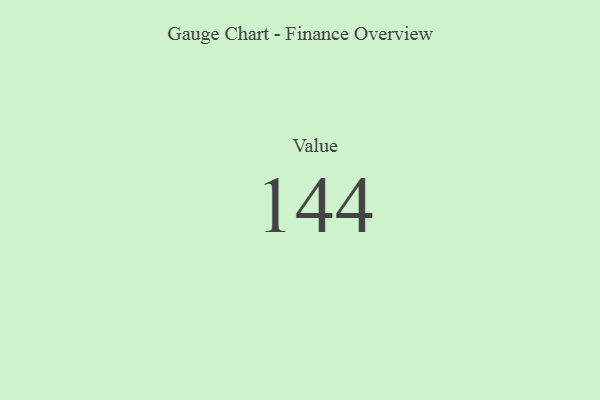
{"axis": {"x": "Metric", "y": "Value"}, "legend": [""], "data": [{"x": "Value", "y": 144, "type": ""}]}